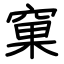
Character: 窠